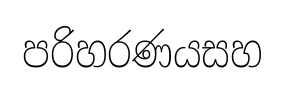
පරිහරණයසහ